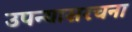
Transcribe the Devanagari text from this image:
उपन्यासरचना